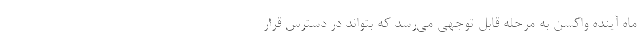
ماه آینده واکسن به مرحله قابل توجهی می‌رسد که بتواند در دسترس قرار